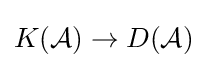
K({\mathcal {A}})\rightarrow D({\mathcal {A}})